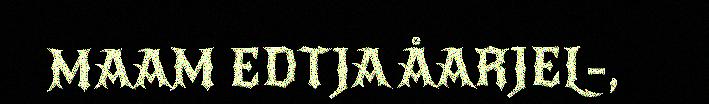
MAAM EDTJA ÅARJEL-,